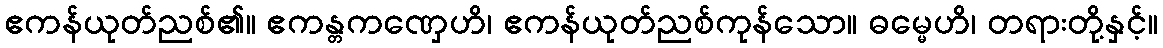
ဧကန်ယုတ်ညစ်၏။ ဧကန္တကဏှေဟိ၊ ဧကန်ယုတ်ညစ်ကုန်သော။ ဓမ္မေဟိ၊ တရားတို့နှင့်။